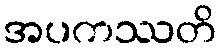
အပကဿတိ